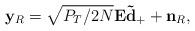
LaTeX: \begin{align*}\mathbf{y}_{R} & =\sqrt{P_{T}/2N}\mathbf{E}\mathbf{\tilde{d}}_{+}+\mathbf{n}_{R},\end{align*}